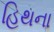
હિથના